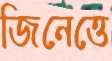
জিনেত্তে